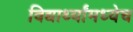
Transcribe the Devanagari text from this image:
विद्यार्थ्यांमध्येच